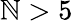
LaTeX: \mathbb{N}>5